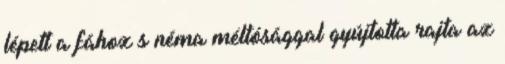
lépett a fához s néma méltósággal gyújtotta rajta az